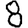
Digit: 8